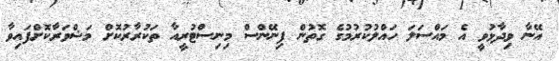
އޭނާ ވިދާޅުވީ އެ މައްސަލަ ހައްލުކުރުމުގެ ގޮތުން ފިނޭންސް މިނިސްޓުރީއާ ތަކުރާރުކޮށް މަޝްވަރާކޮށްފައިވާ